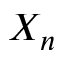
X _ { n }